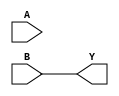
module test(input A, B, output Y);
assign Y = A ? A ? B : 1'b1 : B;
endmodule